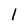
Character: l